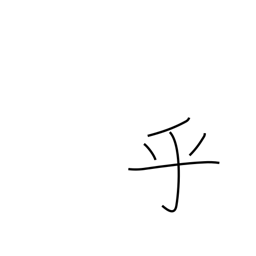
Meaning: question mark